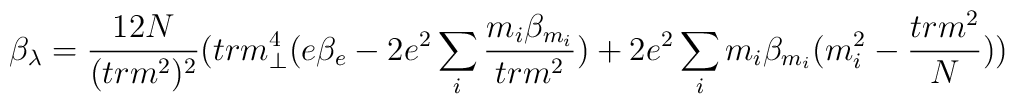
\beta_{\lambda} = \frac{12 N}{(tr m^2)^2}(trm_{\perp}^{4}(e \beta_e - 2e^2 \sum_{i} \frac{m_i \beta_{m_i}}{tr m^2}) + 2 e^2\sum_i m_i\beta_{m_i}(m_{i}^2 - \frac{tr m^2}{N}))